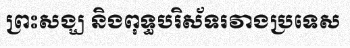
ព្រះសង្ឃ និងពុទ្ធបរិស័ទរវាងប្រទេស